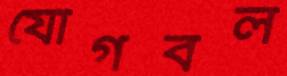
যোগবল